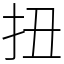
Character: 扭